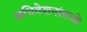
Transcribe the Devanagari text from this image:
अधिवेशनांमध्ये